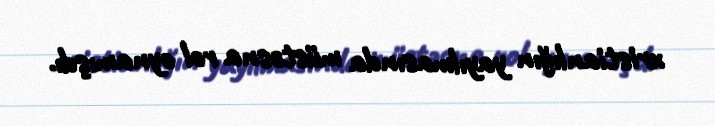
xristianlığın yayılmasında müstəsna rol oynamışdı.